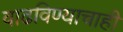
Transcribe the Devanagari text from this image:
वाढविण्याचाही